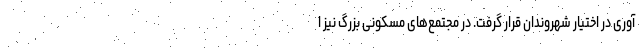
آوری در اختیار شهروندان قرار گرفت. در مجتمع‌های مسکونی بزرگ نیز ا